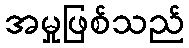
အမှုဖြစ်သည်